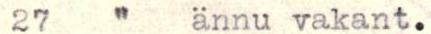
27   "   ännu vakant.